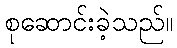
စုဆောင်းခဲ့သည်။